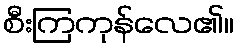
စီးကြကုန်လေ၏။